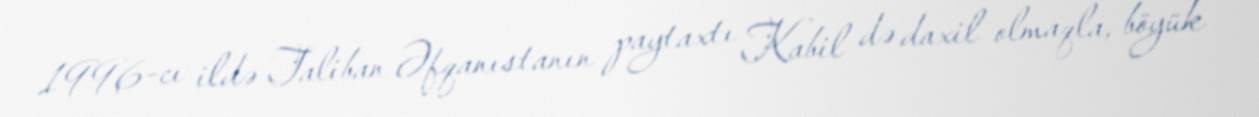
1996-cı ildə Taliban Əfqanıstanın paytaxtı Kabil də daxil olmaqla, böyük